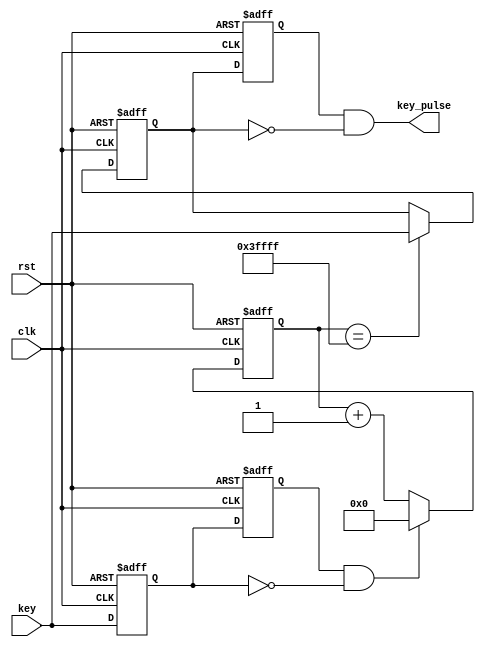
module debounce(
	clk,
	rst,
	key,
	key_pulse
);
	
	//we have 1 key to debounce
	parameter N = 1;
	input clk,rst;
	//input key
	input[N - 1:0] key;
	//pulse generated by the key
	output[N - 1:0] key_pulse;
	//prestate of last pulse
	reg[N - 1:0] key_rst_pre;
	//state of the current pulse
	reg[N - 1:0] key_rst;
	//from top to bottom
	wire[N - 1:0] key_edge;
	
	//non-bloking assignment
	always@(posedge clk or negedge rst)
		begin	
			if(!rst) 
			begin	
				//all one assignment
				key_rst <= {N{1'b1}};
				key_rst_pre <= {N{1'b1}};
			end
			else 
			begin
				key_rst <= key;
				//the past
				key_rst_pre <= key_rst;
			end
		end
		
		//when negedge of key arrives, a high level will be generated by key_edge
		assign key_edge = key_rst_pre & (~key_rst);
		//time delaying counter, 12MHz clk for 20ms delay, counter 18 digits at least
		reg[25:0] cnt;
		//generate delay for 20ms, begin counting when key_edge is positive
		always@(posedge clk or negedge rst)
			begin
				if(!rst)
					cnt <= 0;
				else if(key_edge)
					cnt <= 0;
				else
					cnt <= cnt + 1;
			end
		
		//checker of level after delay
		reg[N - 1:0] key_sec_pre;
		reg[N - 1:0] key_sec;
		
		//check the key after delay
		//if low, generate a high level for one clk cycle
		//else, invalid switch
		always@(posedge clk or negedge rst)
			begin
				if(!rst)
					key_sec <= {N{1'b1}};
				else if(cnt == 26'h3ffff)
					key_sec <= key;
			end
		always@(posedge clk or negedge rst)
			begin
				if(!rst)
					key_sec_pre <= {N{1'b1}};
				else	key_sec_pre <= key_sec;
			end
		
		assign key_pulse = key_sec_pre & (~key_sec);
		
endmodule